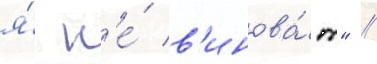
я́ н'е́ в'инова́т" /